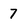
Character: 7